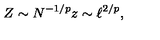
Z \sim N ^ { - 1 / p } z \sim \ell ^ { 2 / p } ,